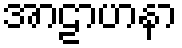
အာဠာဟနာ